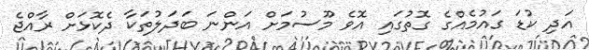
އަދި ކުޑަ ގައުމެއްގެ ގޮތުގައި އޮވެ މޫސުމަށް އަންނަ ބަދަލުތަކާ ދެކޮޅަށް ރާއްޖެ